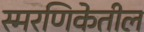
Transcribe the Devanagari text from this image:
स्मरणिकेतील